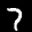
Label: 7